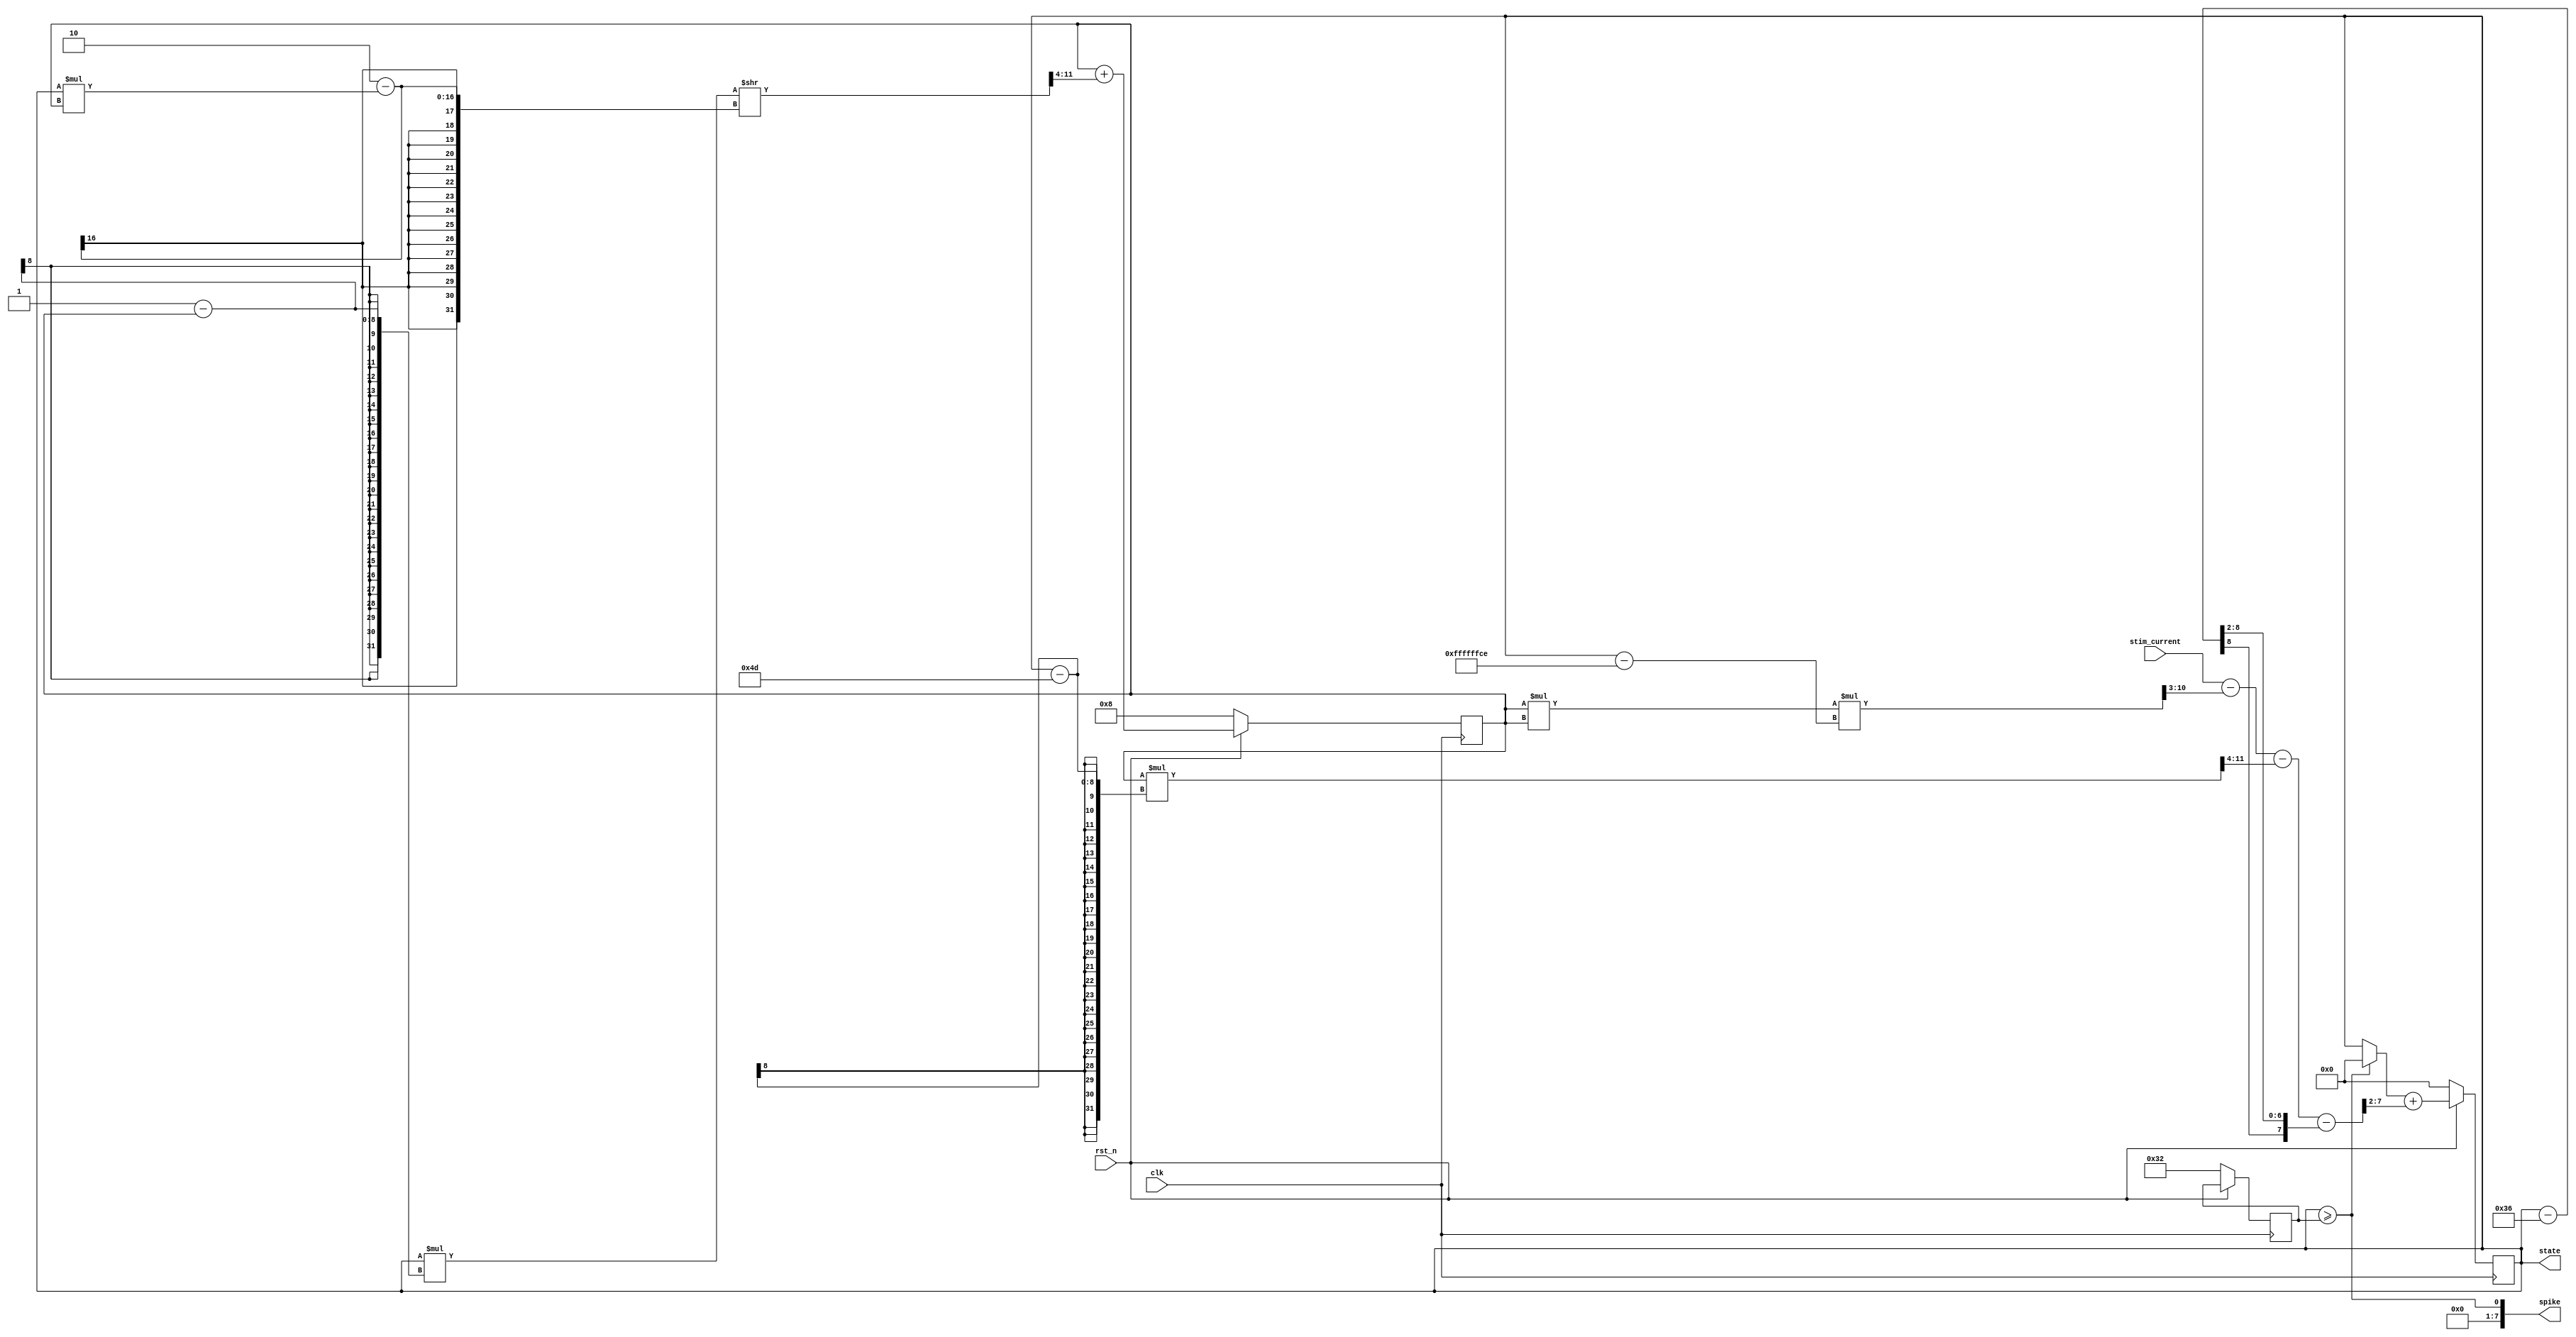
`default_nettype none

module hh  (
    input wire [7:0] stim_current,
    input wire clk,
    input wire rst_n,
    output reg [7:0] state,
    output wire [7:0] spike );

    reg [7:0] threshold, n;
    wire [7:0] next_state, current, next_n;
    // V = I/c

    assign current = stim_current - (((n)*n*(state - -50)) >> 3) - (((n)*(state - 77)) >> 4) - ((state - 54) >> 2);
    // state(t+1) = state(t) + current*dt
    assign next_state = (spike[0] ? 0 : (state)) + (current >> 2);
    assign spike = {7'b0, state>= threshold};


    // (Vm*(1-n)*(a_n) - (V_m)*n*beta_n)*dt
    assign next_n = n + (((state*(1-n)) >> 2 - (state*n) >> 2) >> 2); // replace states w/ alpha(state)
    

    always @(posedge clk) begin
        if (!rst_n) begin
            state <= 0;
            threshold <= 50;
            n <= 8'b0000_1000;
        end
        else begin
            state <= next_state;
            n <= next_n;
        end
    end

endmodule